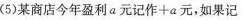
(5)某商店今年盈利a元记作+a元，如果记